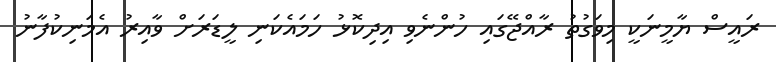
ރައީސް ޔާމީނަކީ މިވަގުތު ރާއްޖޭގައި ހުންނެވި އިދިކޮޅު ހަމައެކަނި ލީޑަރަށް ވާއިރު އެމަނިކުފާނު